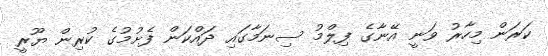
ކަރަން މިހާރު ވަނީ އޭނާގެ ފިލްމު ސިނަމާގައި ދައްކަން ފެށުމުގެ ކުރިން ޔޫރީ